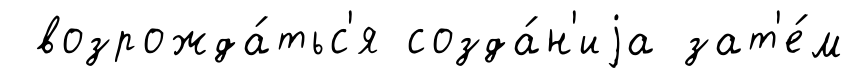
возрожда́тьс'я созда́н'иjа зат'е́м